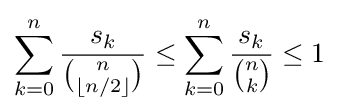
\sum _{k=0}^{n}{s_{k} \over {n \choose \lfloor {n/2}\rfloor }}\leq \sum _{k=0}^{n}{s_{k} \over {n \choose k}}\leq 1